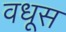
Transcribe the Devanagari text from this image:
वधूस